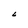
Character: 6